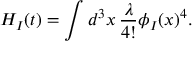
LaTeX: H _ { I } ( t ) = \int d ^ { 3 } x \, { \frac { \lambda } { 4 ! } } \phi _ { I } ( x ) ^ { 4 } .